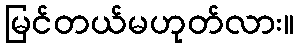
မြင်တယ်မဟုတ်လား။